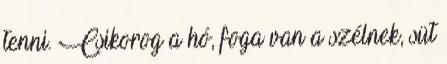
tenni. Csikorog a hó, foga van a szélnek, süt